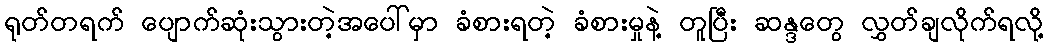
ရုတ်တရက် ပျောက်ဆုံးသွားတဲ့အပေါ်မှာ ခံစားရတဲ့ ခံစားမှုနဲ့ တူပြီး ဆန္ဒတွေ လွှတ်ချလိုက်ရလို့